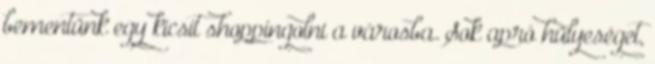
bementünk egy kicsit shoppingolni a városba. Sok apró hülyeséget,